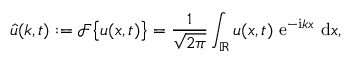
\hat { u } ( k , t ) : = \mathcal { F } \big \{ u ( x , t ) \big \} = \frac { 1 } { \sqrt { 2 \pi } } \int _ { \mathbb { R } } u ( x , t ) \ \mathrm { e } ^ { - \mathrm { i } k x } \ \mathrm { d } x ,